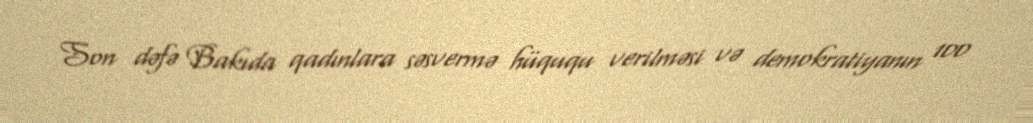
Son dəfə Bakıda qadınlara səsvermə hüququ verilməsi və demokratiyanın 100